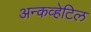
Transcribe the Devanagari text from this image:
अन्कव्हेटिल